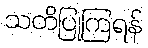
သတိပြုကြရန်